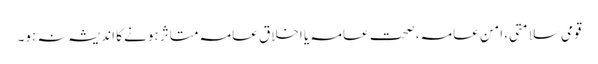
قومی سلامتی، امنِ عامہ، صحت عامہ یا اخلاقِ عامہ متاثر ہونے کا اندیشہ نہ ہو۔